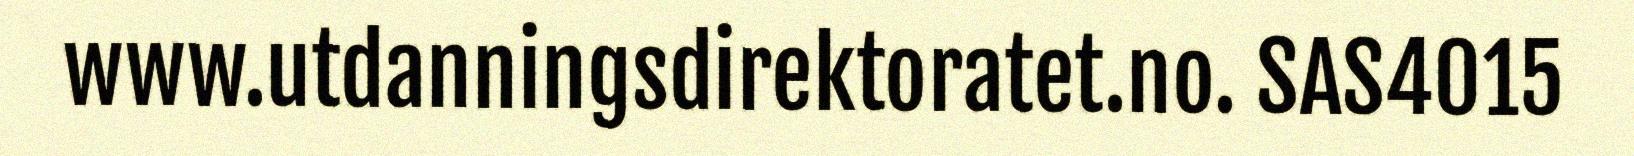
www.utdanningsdirektoratet.no. SAS4015